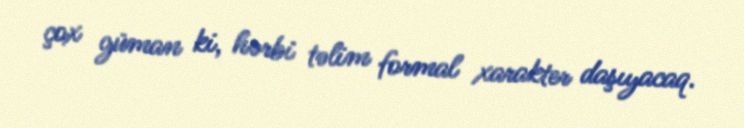
çox güman ki, hərbi təlim formal xarakter daşıyacaq.